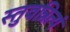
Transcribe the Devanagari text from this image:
स्तुवन्नित्यं